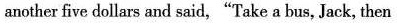
another five dollars and said,"Take a bus, Jack, then